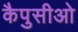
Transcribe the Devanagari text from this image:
कैपुसीओ